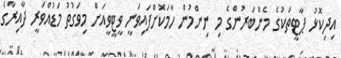
އިދިކޮޅު ޕާޓީތަކުގެ މެންބަރުންގެ މި ނިންމުން ހާމަކޮށްފައިވަނީ ވީޓީވީއަށް މިވަގުތު މަޑުއްވަރީ ދާއިރާގެ